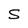
Character: S